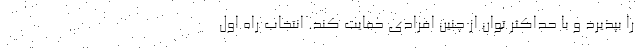
را بپذیرد و با حداکثر توان از چنین افرادی حمایت کند. انتخاب راه اول